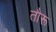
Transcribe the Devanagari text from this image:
तौरू